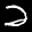
Label: 2